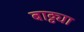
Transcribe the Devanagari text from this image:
बाट्ट्या